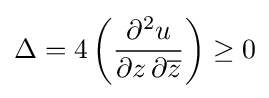
\Delta =4\left({\frac {\partial ^{2}u}{\partial z\,\partial {\overline {z}}}}\right)\geq 0